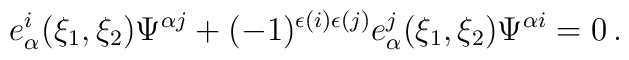
e^i_\alpha(\xi_1,\xi_2)\Psi^{\alpha j}  +(-1)^{\epsilon(i)\epsilon(j)}  e^j_\alpha(\xi_1,\xi_2)\Psi^{\alpha i}=0\,.